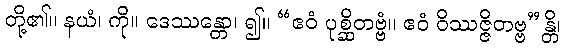
တို့၏။ နယံ၊ ကို။ ဒေဿန္တော၊ ၍။ “ဧဝံ ပုစ္ဆိတဗ္ဗံ။ ဧဝံ ဝိဿဇ္ဇိတဗ္ဗ”န္တိ၊